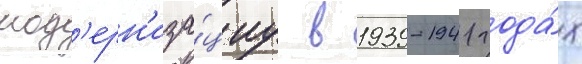
мод'ерн'иза́циу в 1939-1941 года́х